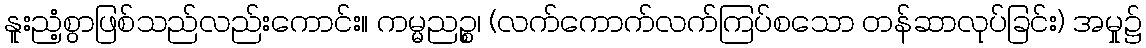
နူးညံ့စွာဖြစ်သည်လည်းကောင်း။ ကမ္မညဉ္စ၊ (လက်ကောက်လက်ကြပ်စသော တန်ဆာလုပ်ခြင်း) အမှု၌